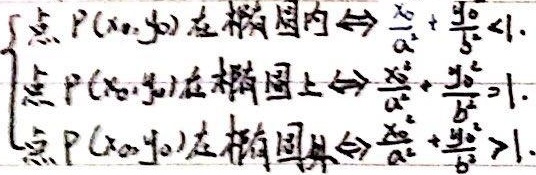
点 \(P(x_0,y_0)\) 在椭圆内 \(\Leftrightarrow \frac{x_0^{2}}{a^{2}}+\frac{y_0^{2}}{b^{2}}<1\)；
点 \(P(x_0,y_0)\) 在椭圆上 \(\Leftrightarrow \frac{x_0^{2}}{a^{2}}+\frac{y_0^{2}}{b^{2}} = 1\)；
点 \(P(x_0,y_0)\) 在椭圆外 \(\Leftrightarrow \frac{x_0^{2}}{a^{2}}+\frac{y_0^{2}}{b^{2}}>1\)。

即
\[\begin{cases}
\text{点 }P(x_0,y_0)\text{ 在椭圆内}\Leftrightarrow \frac{x_0^{2}}{a^{2}}+\frac{y_0^{2}}{b^{2}}<1,\\
\text{点 }P(x_0,y_0)\text{ 在椭圆上}\Leftrightarrow \frac{x_0^{2}}{a^{2}}+\frac{y_0^{2}}{b^{2}} = 1,\\
\text{点 }P(x_0,y_0)\text{ 在椭圆外}\Leftrightarrow \frac{x_0^{2}}{a^{2}}+\frac{y_0^{2}}{b^{2}}>1
\end{cases}\]